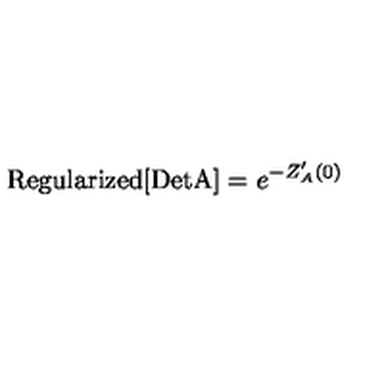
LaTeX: \mathrm { R e g u l a r i z e d [ D e t A ] } = e ^ { - Z _ { A } ^ { \prime } ( 0 ) }